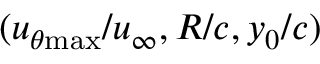
( u _ { \theta \mathrm { { m a x } } } / u _ { \infty } , R / c , y _ { 0 } / c )